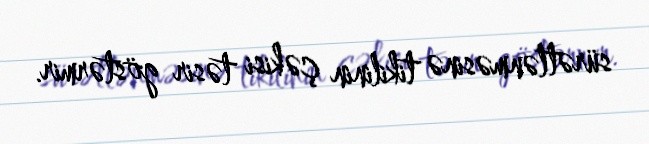
sürətlənməsinə tikilinin çəkisi təsir göstərmir.